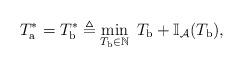
LaTeX: \begin{align*}T_{\textrm{a}}^*=T_{\textrm{b}}^{*} \triangleq \min_{T_{\textrm{b}}\in \mathbb{N}} \; T_{\textrm{b}} + \mathbb{I}_{\mathcal{A} } ({T_{\textrm{b}}}) , \end{align*}